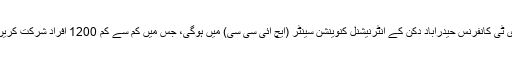
جی ای ٹی کانفرنس حیدرآباد دکن کے انٹرنیشنل کنوینشن سینٹر (ایچ آئی سی سی) میں ہوگی، جس میں کم سے کم 1200 افراد شرکت کریں گے۔